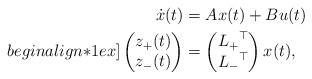
LaTeX: \begin{align*} \dot{x}(t) & = A x(t) + B u(t) \\begin{align*}1ex] \begin{pmatrix} z_+(t) \\ z_-(t) \\ \end{pmatrix} & = \begin{pmatrix} {L_+}^\top \\ {L_-}^\top \\ \end{pmatrix} x(t) , \end{align*}